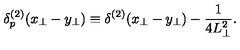
\delta _ { p } ^ { ( 2 ) } ( x _ { \perp } - y _ { \perp } ) \equiv \delta ^ { ( 2 ) } ( x _ { \perp } - y _ { \perp } ) - { \frac { 1 } { 4 L _ { \perp } ^ { 2 } } } .